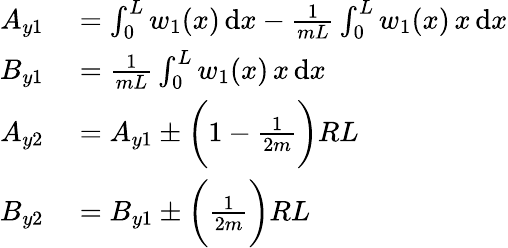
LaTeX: \begin{array}{rl}{A_{y1}}&{{}=\int_{0}^{L}w_{1}(x)\, \mathrm{d}x-\frac{1}{mL}\int_{0}^{L}w_{1}(x)\, x\, \mathrm{d}x}\\ {B_{y1}}&{{}=\frac{1}{mL}\int_{0}^{L}w_{1}(x)\, x\, \mathrm{d}x}\\ {A_{y2}}&{{}=A_{y1}\pm\bigg(1-\frac{1}{2m}\bigg)RL}\\ {B_{y2}}&{{}=B_{y1}\pm\bigg(\frac{1}{2m}\bigg)RL}\end{array}